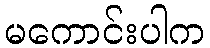
မကောင်းပါက